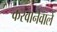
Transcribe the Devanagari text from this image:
करवानेवाले